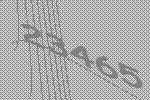
23465